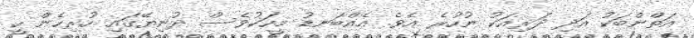
އަތްންބަކު އަދި ދަރިއަކު ނުހުރެ އެވެ. އެއްބަނޑު މީހަކުވެސް ދުނިޔޭގައި ހުރިހެން ހީ